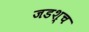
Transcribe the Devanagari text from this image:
जडश्च